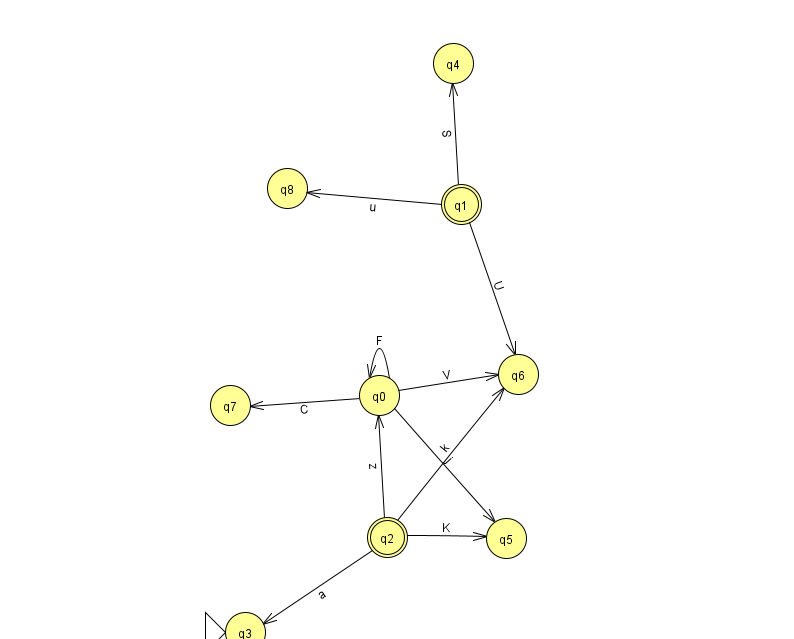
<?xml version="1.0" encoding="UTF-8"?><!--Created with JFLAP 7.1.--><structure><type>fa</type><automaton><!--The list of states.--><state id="0" name="q0"><x>379.0</x><y>382.0</y></state><state id="1" name="q1"><x>461.0</x><y>191.0</y><final/></state><state id="2" name="q2"><x>387.0</x><y>524.0</y><final/></state><state id="3" name="q3"><x>245.0</x><y>619.0</y><initial/></state><state id="4" name="q4"><x>453.0</x><y>50.0</y></state><state id="5" name="q5"><x>506.0</x><y>525.0</y></state><state id="6" name="q6"><x>518.0</x><y>361.0</y></state><state id="7" name="q7"><x>230.0</x><y>392.0</y></state><state id="8" name="q8"><x>287.0</x><y>175.0</y></state><!--The list of transitions.--><transition><from>0</from><to>7</to><read>C</read></transition><transition><from>0</from><to>0</to><read>F</read></transition><transition><from>1</from><to>4</to><read>S</read></transition><transition><from>2</from><to>6</to><read>k</read></transition><transition><from>0</from><to>5</to><read>j</read></transition><transition><from>2</from><to>5</to><read>K</read></transition><transition><from>0</from><to>6</to><read>V</read></transition><transition><from>2</from><to>0</to><read>z</read></transition><transition><from>1</from><to>6</to><read>U</read></transition><transition><from>1</from><to>8</to><read>u</read></transition><transition><from>2</from><to>3</to><read>a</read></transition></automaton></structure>